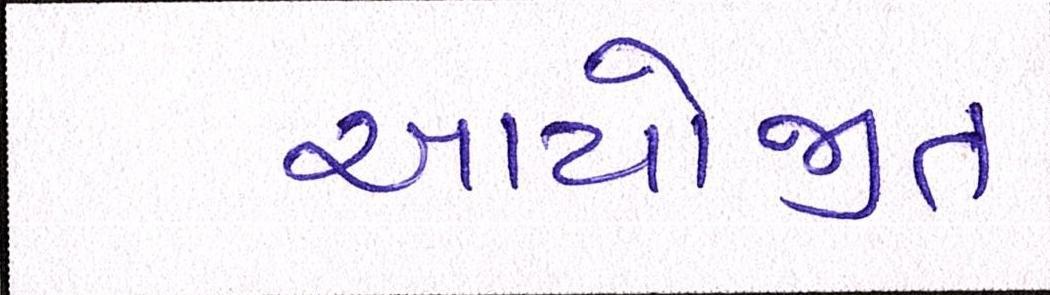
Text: આયોજીત